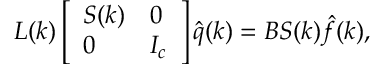
\boldsymbol { L } ( \boldsymbol { k } ) \left[ \begin{array} { l l } { \boldsymbol { S } ( \boldsymbol { k } ) } & { \boldsymbol { 0 } } \\ { \boldsymbol { 0 } } & { \boldsymbol { I _ { c } } } \end{array} \right] \boldsymbol { \hat { q } } ( \boldsymbol { k } ) = \boldsymbol { B } \boldsymbol { S } ( \boldsymbol { k } ) \boldsymbol { \hat { f } } ( \boldsymbol { k } ) ,